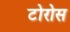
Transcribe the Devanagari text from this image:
टोरोस